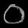
Digit: ၀